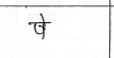
मजकूर: षे